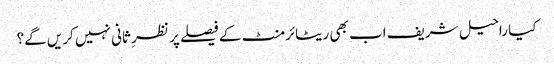
کیا راحیل شریف اب بھی ریٹائرمنٹ کے فیصلے پر نظرِ ثانی نہیں کریں گے؟